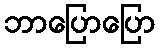
ဘာပြောပြော